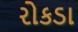
રોકડા